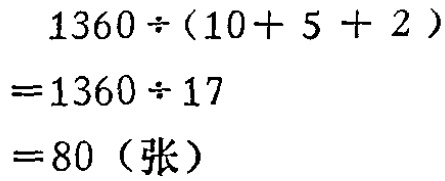
\[
\begin{align*}
&1360\div(10 + 5 + 2)\\
=&1360\div17\\
=&80 \text{（张）}
\end{align*}
\]